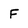
Character: F